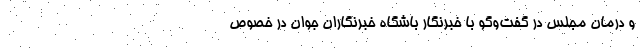
و درمان مجلس در گفت‌وگو با خبرنگار باشگاه خبرنگاران جوان در خصوص